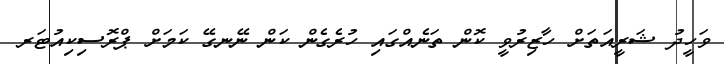
ވަހީދު ޝަރީއަތަށް ހާޒިރުވީ ކޮން ތަނެއްގައި ހުރެގެން ކަން ނޭނގޭ ކަމަށް ޕްރޮސިކިއުޓަރ